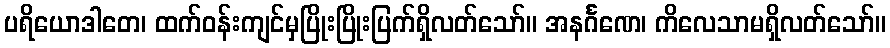
ပရိယောဒါတေ၊ ထက်ဝန်းကျင်မှပြိုးပြိုးပြက်ရှိလတ်သော်။ အနင်္ဂဏေ၊ ကိလေသာမရှိလတ်သော်။